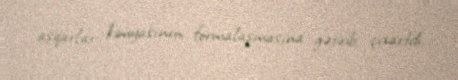
aşqarlar kimyasının formalaşmasına gətirib çıxartdı.